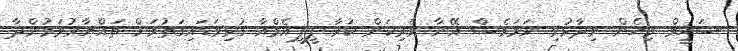
ޝަހީމް މިހެން ވިދާޅުވި ނަމަވެސް އޭނާ ވެރިކަން ކުރާ ޕީޕީއެމްއާ ގުޅިވަޑައިގަތުމަށް ތައްޔާރުވަމުންދާ